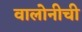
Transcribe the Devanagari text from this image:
वालोनीची